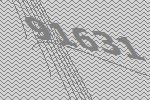
91631